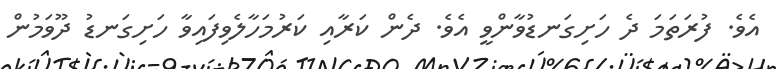
އެވެ. ފުރަތަމަ ދެ ހަށިގަނޑުވާންވީ އެވެ. ދެން ކަރާއި ކަރުމަހާލެވިފައިވާ ހަށިގަނޑު ދޫވަމުން